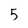
Character: 5